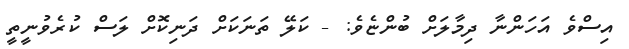
އިސްވެ އަހަންނާ ދިމާލަށް ބުންޏެވެ: - ކަލޭ ތަނަކަށް ދަނިކޮށް ލަސް ކުރެވުނީތީ